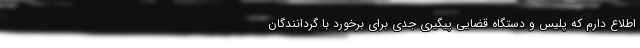
اطلاع دارم که پلیس و دستگاه قضایی پیگیری جدی برای برخورد با گردانندگان